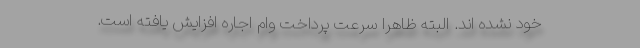
خود نشده اند. البته ظاهرا سرعت پرداخت وام اجاره افزایش یافته است.